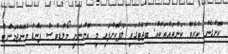
ކޮށްގެން ކުރެވޭ ކަންތައްތަކެއް. ބަޖެޓުގައި ލަފާކޮށްފައި މި އޮންނަނީ މޯލްޑިވްސް ފަންޑު މެނޭޖްމަންޓް